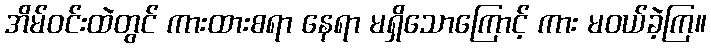
အိမ်ဝင်းထဲတွင် ကားထားစရာ နေရာ မရှိသောကြောင့် ကား မဝယ်ခဲ့ကြ။